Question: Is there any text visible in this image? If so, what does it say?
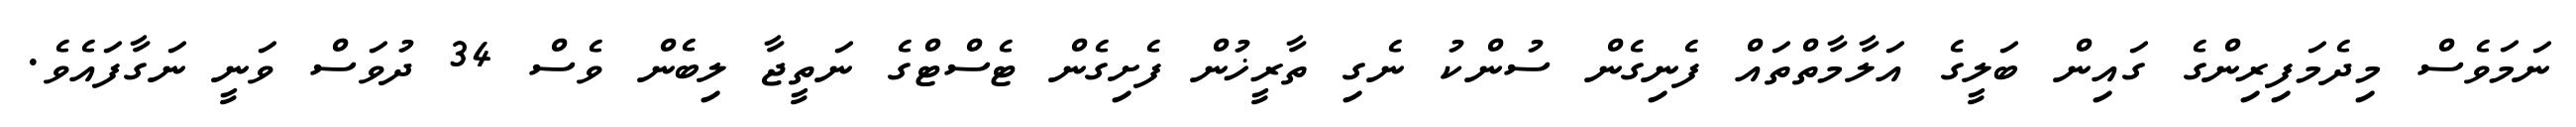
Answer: ނަމަވެސް މިދެމަފިރިންގެ ގައިން ބަލީގެ އަލާމާތްތައް ފެނިގެން ސުންކު ނެގި ތާރީޚުން ފެށިގެން ޓެސްޓްގެ ނަތީޖާ ލިބެން ވެސް 34 ދުވަސް ވަނީ ނަގާފައެވެ.